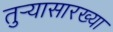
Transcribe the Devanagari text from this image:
तुर्‍यासारख्या